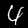
Digit: 4